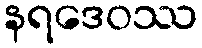
နရဒေဝဿ